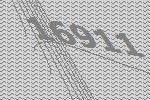
16911